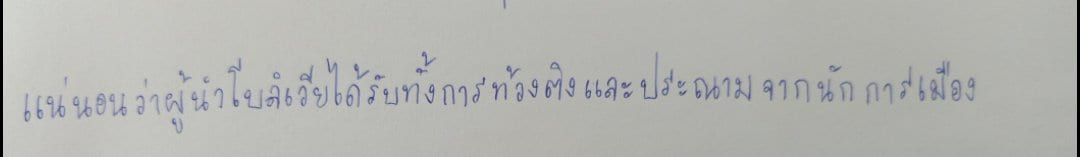
แน่นอนว่าผู้นำโบลิเวียได้รับทั้งการท้วงติงและประณามจากนักการเมือง